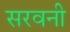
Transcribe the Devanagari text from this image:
सरवनी